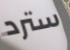
سترد